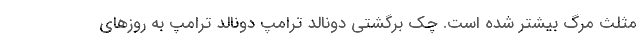
مثلث مرگ بیشتر شده است. چک برگشتی دونالد ترامپ دونالد ترامپ به روزهای